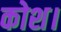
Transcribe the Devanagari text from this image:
कोश।